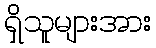
ရှိသူများအား